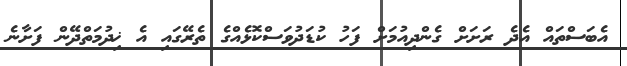
އެބަސްތައް އެދެ ރަށަށް ގެންދިއުމަށް ފަހު ކުޑަދުވަސްކޮޅެއްގެ ތެރޭގައި އެ ޚިދުމަތްދޭން ފަށާނެ